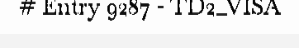
# Entry 9287 - TD2_VISA